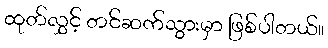
ထုတ်လွှင့် တင်ဆက်သွားမှာ ဖြစ်ပါတယ်။